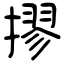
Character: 摎